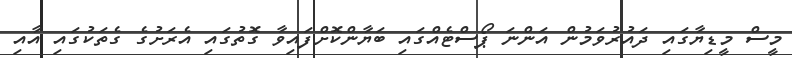
މީސް މީޑިޔާގައި ދައުރުވަމުން އަންނަ ޕޯސްޓެއްގައި ބަޔާންކޮށްފައިވާ ގޮތުގައި އެރަށުގެ ގެތަކުގައި އާއި